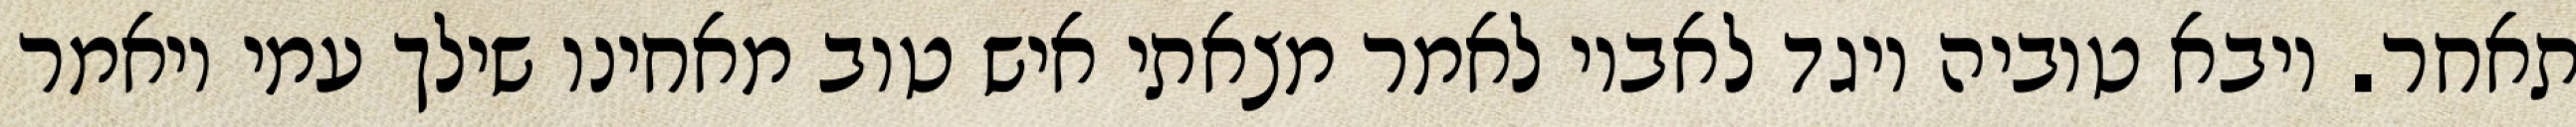
תאחר. ויבא טוביה ויגד לאביו לאמר מצאתי איש טוב מאחינו שילך עמי ויאמר